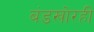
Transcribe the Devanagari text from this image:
बंडखोरही